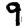
Digit: 9